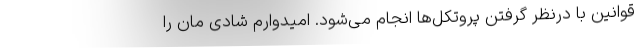
قوانین با درنظر گرفتن پروتکل‌ها انجام می‌شود. امیدوارم شادی مان را